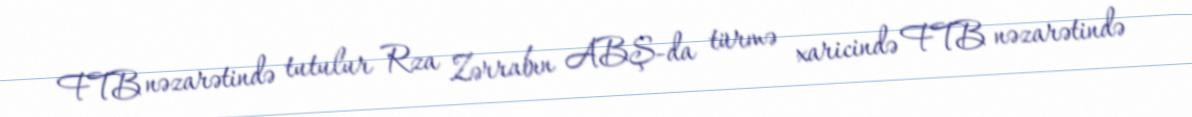
FTB nəzarətində tutulur Rza Zərrabın ABŞ-da türmə xaricində FTB nəzarətində